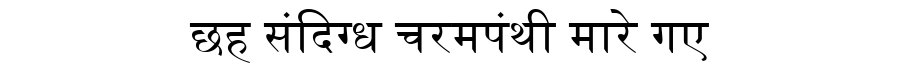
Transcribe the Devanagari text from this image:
छह संदिग्ध चरमपंथी मारे गए